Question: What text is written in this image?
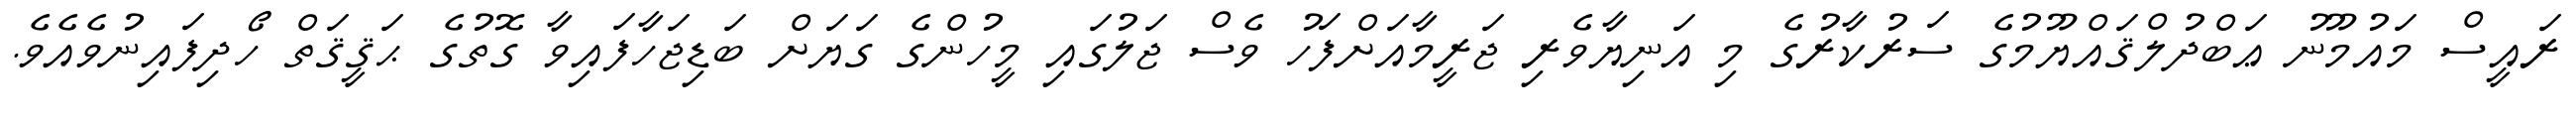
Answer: ރައީސް މައުމޫނު ޢަބްދުލްޤައްޔޫމުގެ ސަރުކާރުގެ މި އަނިޔާވެރި ޖަރީމާއަށްފަހު ވެސް ޖަލުގައި މީހުންގެ ގަޔަށް ބަޑިޖަހާފައިވާ ގޮތުގެ ޙަޤީޤަތް ހޯދިފައިނުވެއެވެ.